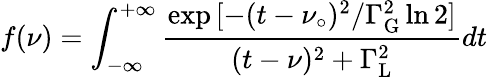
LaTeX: f(\nu)=\int_{-\infty}^{+\infty}{{\frac{\exp{[-(t-\nu_{\circ})^{2}/{\Gamma_{\mathrm{G}}^{\mathrm{2}}}\ln 2]}}{(t-\nu)^{2}+{\Gamma_{\mathrm{L}}^{\mathrm{2}}}}}}dt